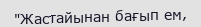
"Жастайынан бағып ем,